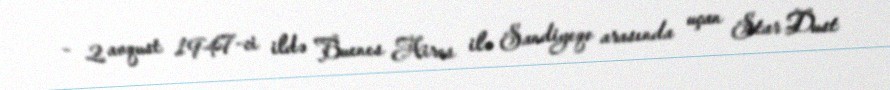
- 2 avqust 1947-ci ildə Buenes Aires ilə Sandiyeqo arasında uçan Star Dust